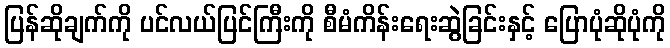
ပြန်ဆိုချက်ကို ပင်လယ်ပြင်ကြီးကို စီမံကိန်းရေးဆွဲခြင်းနှင့် ပြောပုံဆိုပုံကို